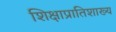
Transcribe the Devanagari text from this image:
शिक्षाप्रातिशाख्य